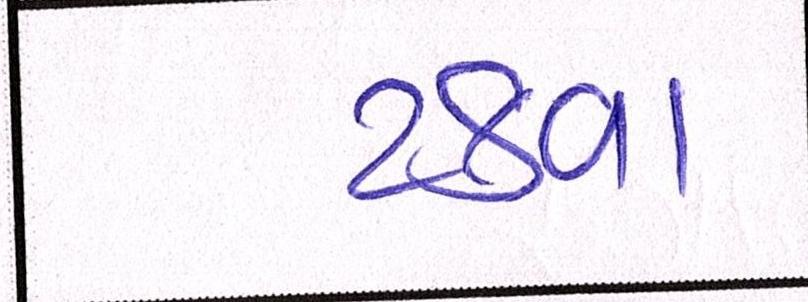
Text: ટકવા